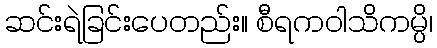
ဆင်းရဲခြင်းပေတည်း။ စီရကဝါသိကမ္ပိ၊